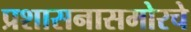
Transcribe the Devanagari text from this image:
प्रशासनासमोरचे